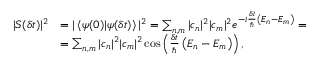
{ \begin{array} { r l } { | S ( \delta t ) | ^ { 2 } } & { = | \left\langle \psi ( 0 ) | \psi ( \delta t ) \right\rangle | ^ { 2 } = \sum _ { n , m } | c _ { n } | ^ { 2 } | c _ { m } | ^ { 2 } e ^ { - i { \frac { \delta t } { \hbar } } \left( E _ { n } - E _ { m } \right) } = } \\ & { = \sum _ { n , m } | c _ { n } | ^ { 2 } | c _ { m } | ^ { 2 } \cos \left( { \frac { \delta t } { \hbar } } \left( E _ { n } - E _ { m } \right) \right) , } \end{array} }